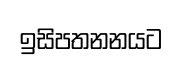
ඉසිපතනනයට